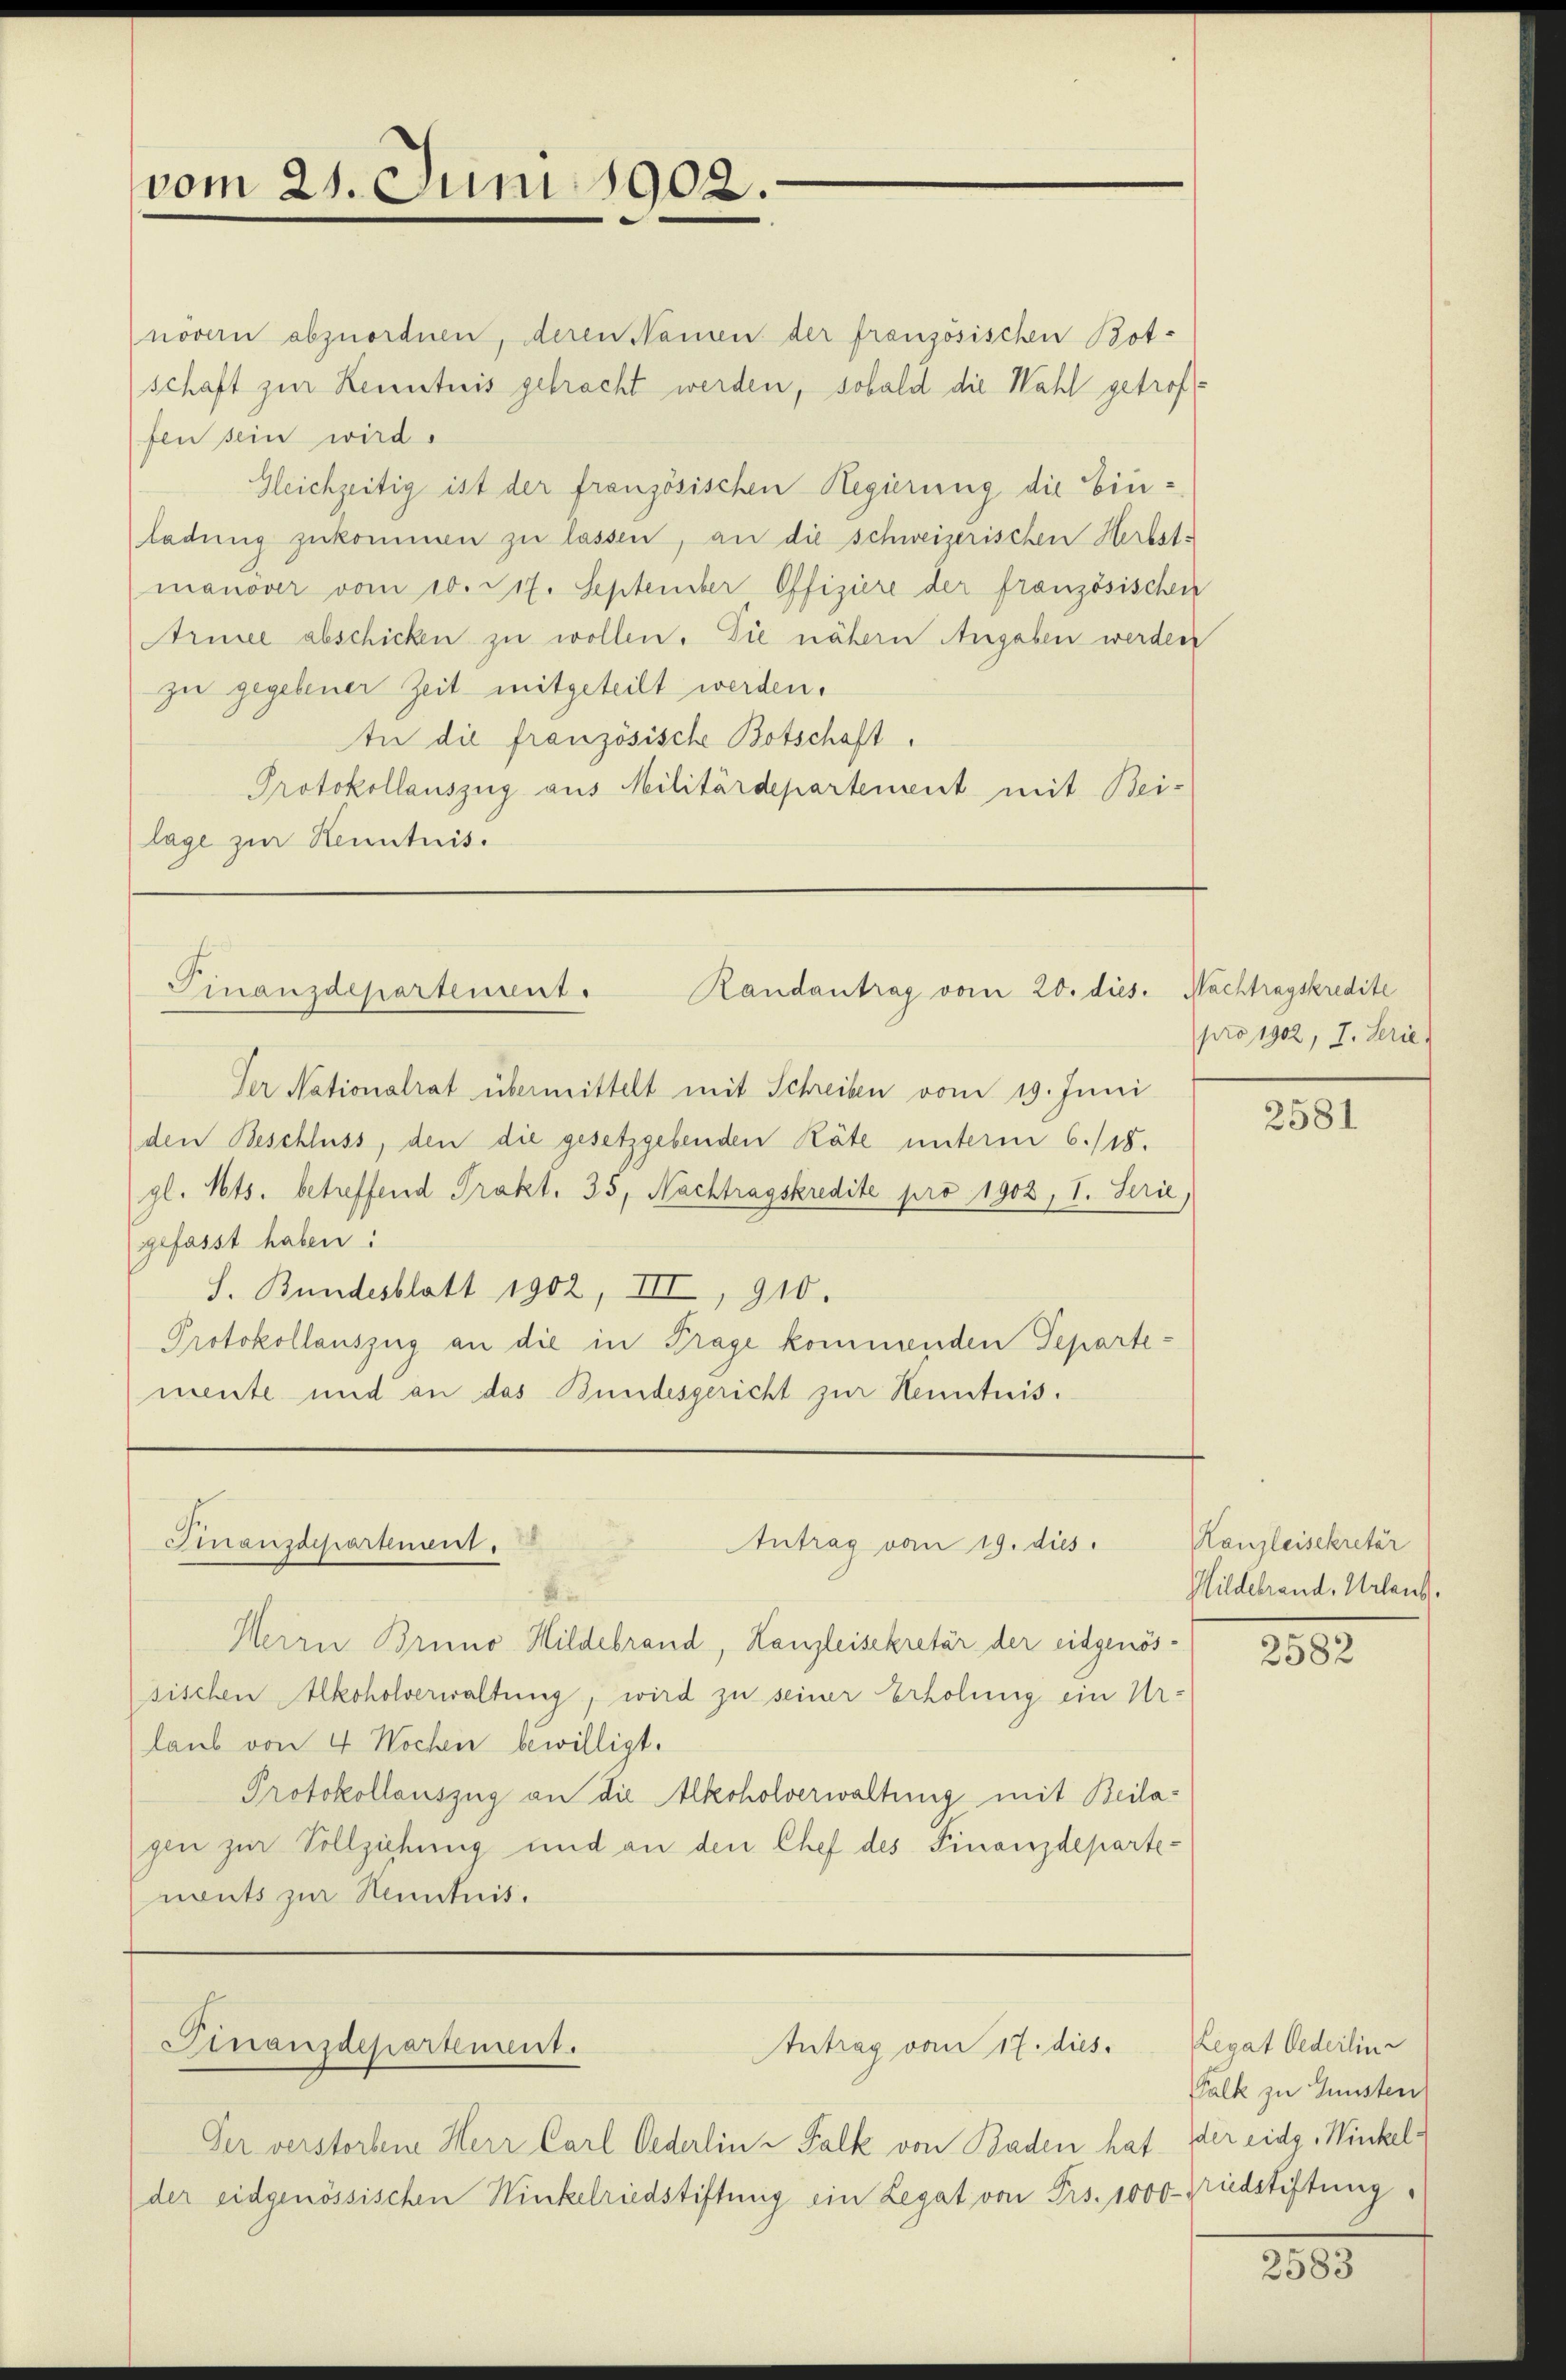
vom 21. Juni 1902.

növern abzuordnen, deren Namen der französischen Bot-
schaft zur Kenntnis gebracht werden, sobald die Wahl getroffen sein wird.
Gleichzeitig ist der französischen Regierung die Einladung zukommen zu lassen, an die schweizerischen Herbste
manover vom 10. Spt. September Offiziere der französischen
Aruse abschicken zu wollen. Die nähern Angaben werden
zu gegebener Zeit mitgeteilt werden.
In die französische Botschaft.
Protokollauszug aus Militärdepartement mit Bei-
lage zur Kenntnis.

Randantrag vom 20. dies. Nachtragskredite
Finanzdepartement.

Ver Nationalrat übermittelt mit Schreiben vom 19. Juni
den Beschluss, den die gesetzgebenden Räte unterm 6./18.
gl. Mts. betreffend Prakt. 35, Nachtragskredite pro 1902, I. Serie,
gefasst haben:
S. Bundesblatt 1902, III, 910.
Protokollauszug an die in Trage kommenden Separtemente und an das Bundesgericht zur Kenntnis.

Finanschartenant.

Finanzdepartement.

Antrag vom 19. dies

Antrag vom 17. dies

Der verstorbene Herr Carl Oederlin - Falk von Baden hat
der eidgenössischen Winkelriedstiftung ein Legat von Frs. 1000 - Hudstiftung,

Herrn Bruno Hildebrand, Kanzleisekretär der eidgenössischen Alkoholverwaltung, wird zu seiner Erholung ein Ur-
laub von 4 Wochen bewilligt.
Protokollauszug an die Alkoholverwaltung mit Beilagen zur Vollziehung und an den Chef des Finanzdepartenents zur Kenntnis.

pro 1902, 7. Serie

2581

Kanzleisekretär
Mildebrand, Urlaub.

2582

Legat Oederlin
Falk zu Gunsten
der eidg, Winkel¬

2583